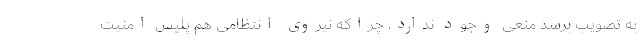
به تصویب برسد منعی وجود ندارد، چراکه نیروی انتظامی هم پلیس امنیت